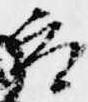
参